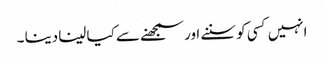
انہیں کسی کو سننے اور سمجھنے سے کیا لینا دینا ۔